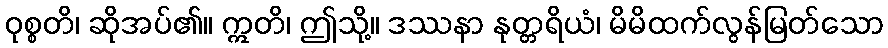
ဝုစ္စတိ၊ ဆိုအပ်၏။ ဣတိ၊ ဤသို့။ ဒဿနာ နုတ္တရိယံ၊ မိမိထက်လွန်မြတ်သော